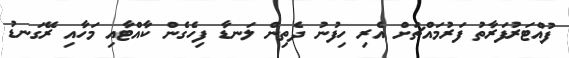
ފުއްޓަރުފަރާތު ފަރުމައްޗަށް އެރި ހިފުނު ދެތިން ލަނޑާ ފިހެގެން ކާއްޓާއި މަހާއި ރޭގަނޑު